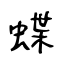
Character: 蝶